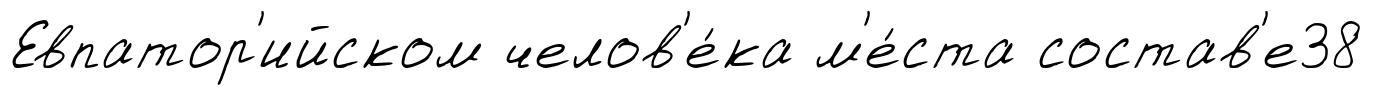
Евпатор'ийском челов'е́ка м'е́ста состав'е38